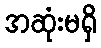
အဆုံးမရှိ